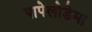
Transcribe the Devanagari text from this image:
पापेलोडेमा